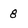
Character: 8